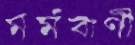
মর্মবাণী